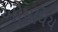
ઔષધિય